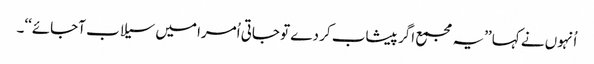
اُنہوں نے کہا ’’یہ مجمع اگر پیشاب کر دے تو جاتی اُمرا میں سیلاب آجائے‘‘۔